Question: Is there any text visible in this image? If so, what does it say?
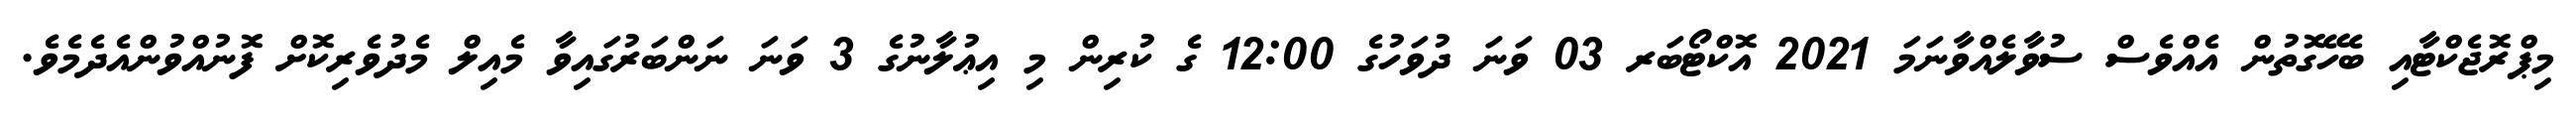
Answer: މިޕްރޮޖެކްޓާއި ބެހޭގޮތުން އެއްވެސް ސުވާލެއްވާނަމަ 2021 އޮކްޓޯބަރ 03 ވަނަ ދުވަހުގެ 12:00 ގެ ކުރިން މި އިޢުލާނުގެ 3 ވަނަ ނަންބަރުގައިވާ މެއިލް މެދުވެރިކޮށް ފޮނުއްވުންއެދެމެވެ.